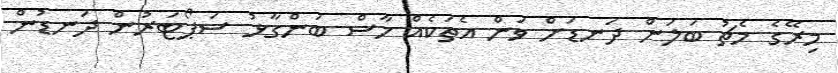
މިރޭގެ މެޗު ބަލަން ދަނޑަށް ވަން އެތަކެއް ހާސް ބަންގާޅު ސަޕޯޓަރުން ދަނޑުން